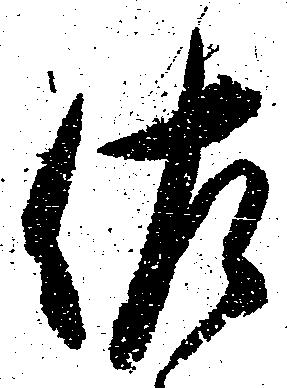
佐